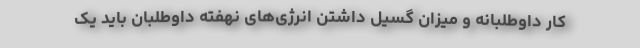
کار داوطلبانه و میزان گسیل داشتن انرژی‌های نهفته داوطلبان باید یک